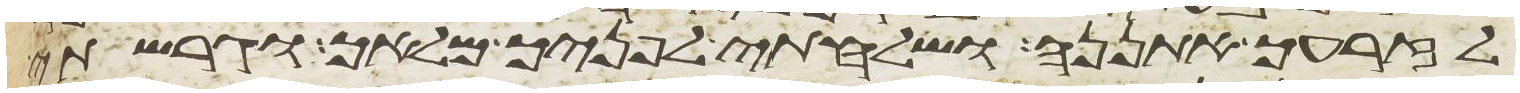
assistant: לזרעך אתננה ושלחתי לפניך מלאך וגרשתי